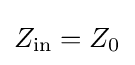
Z_{\text{in}}=Z_{0}